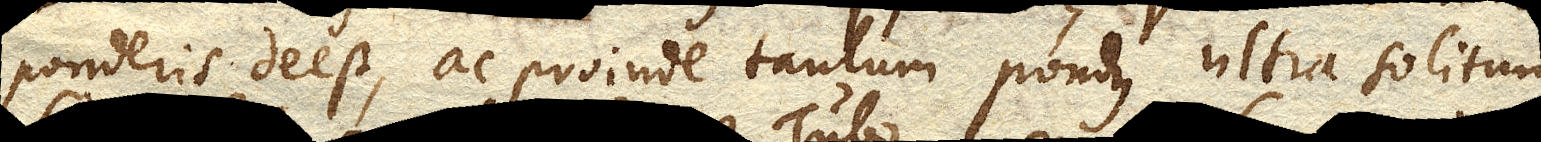
ponderis deest, ac proinde tantum pondus ultra solitum